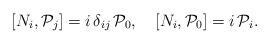
LaTeX: \begin{align*} \left[N_{i}, {\cal P}_{j}\right] = i\, \delta_{ij}\, {\cal P}_0 ,\quad \left[N_{i}, {\cal P}_{0}\right] = i\, {\cal P}_i.\end{align*}